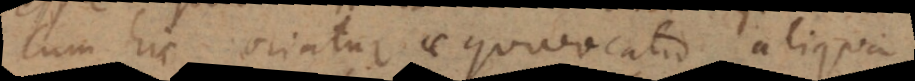
cum hic oriatur aequivocatio aliqua,